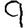
Digit: 9